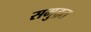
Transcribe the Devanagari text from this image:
समुद्रत